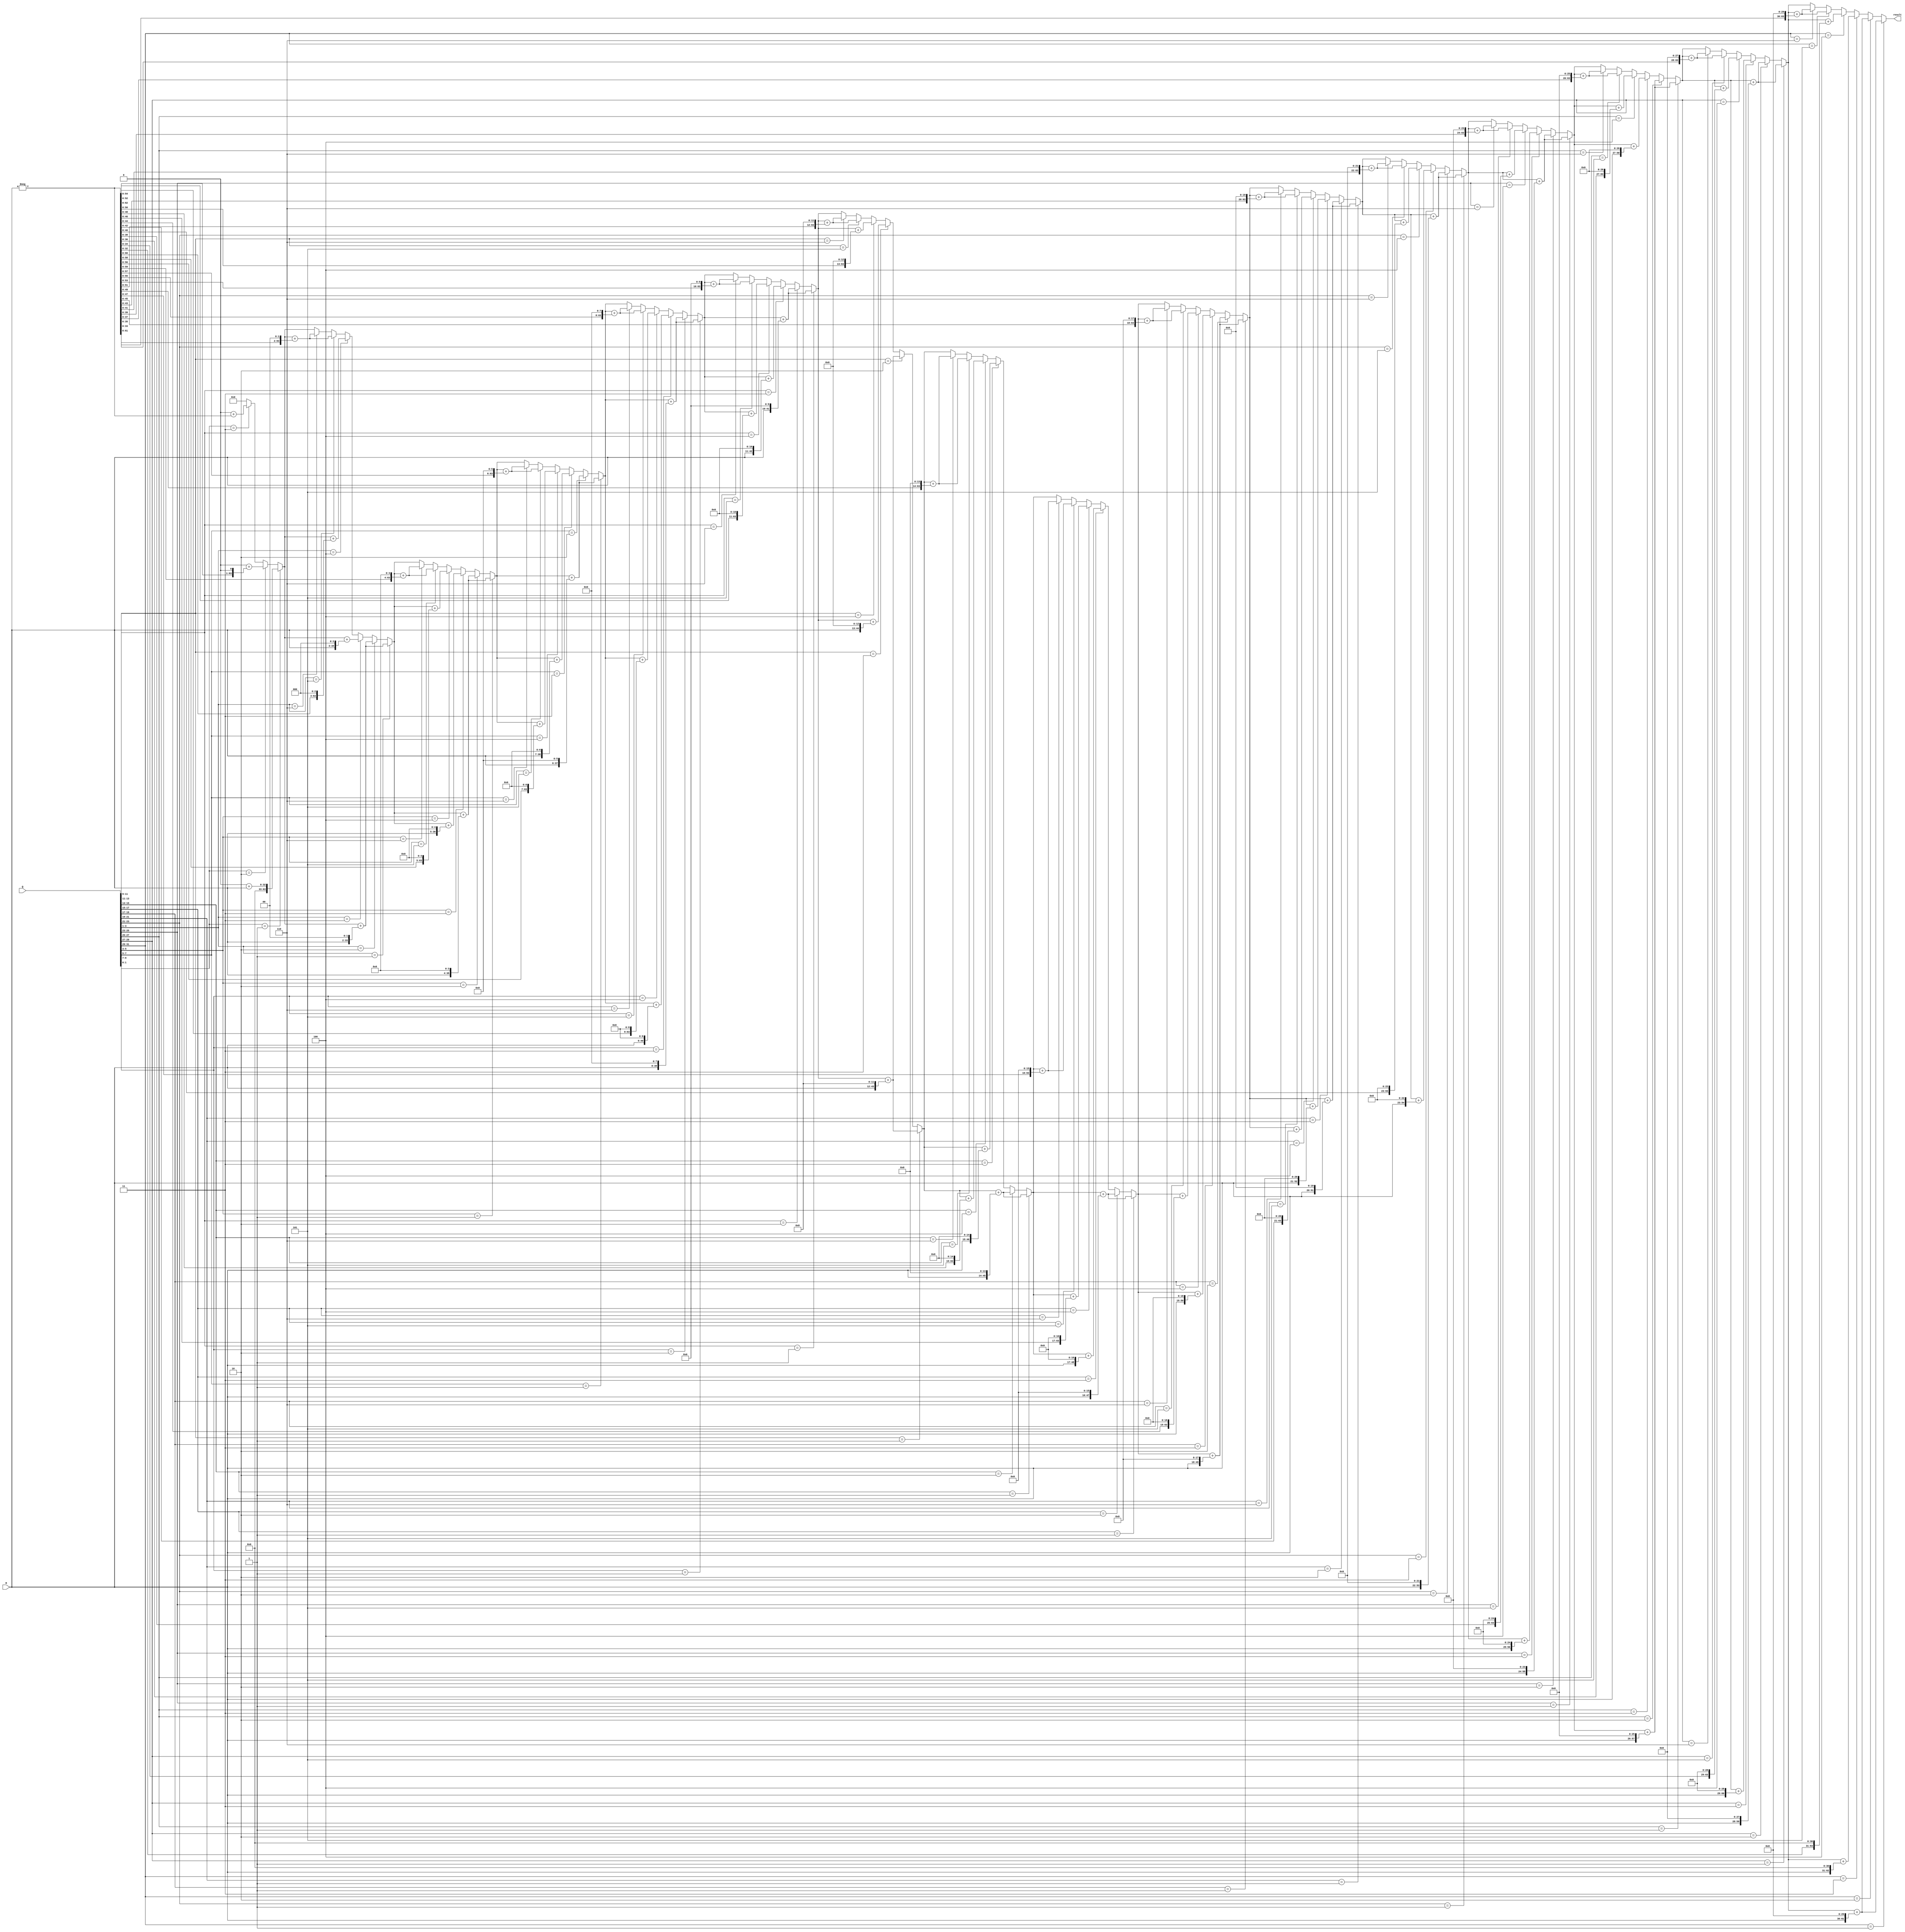
module Multiplier (input[31:0] M, Q, output[63:0] result);
    reg[63:0] prod;
	 reg[2:0] bit_pair_recode;
	 assign result = prod;
    integer i;
    always @(*) begin
        prod = 0;
        for (i = 0; i < 32; i = i + 2) begin
            if (i == 0) begin
					bit_pair_recode = {Q[i+1], Q[i], 1'b0};
				end else begin
					bit_pair_recode = {Q[i+1], Q[i], Q[i-1]};
				end
				
				if (bit_pair_recode == 3'b001) begin
					prod = prod + (M << i);
				end else if (bit_pair_recode == 3'b010) begin
					prod = prod + (M << i);
				end else if (bit_pair_recode == 3'b011) begin
					prod = prod + (M << i + 1);
				end else if (bit_pair_recode == 3'b100) begin
					prod = prod + ((-M) << i + 1);
				end else if (bit_pair_recode == 3'b101) begin
					prod = prod + ((-M) << i);
				end else if (bit_pair_recode == 3'b110) begin
					prod = prod + ((-M) << i);
				end else begin
					prod = prod;
				end
/*			
				case (bit_pair_recode)
					3'b001 : begin
								prod <= prod + (M << i);
								end
					3'b010 :	begin
								prod <= prod + (M << i);
								end
					3'b011 :	begin
								prod <= prod + (M << i + 1);
								end
					3'b100 : begin 
								prod <= prod + ((-M) << i + 1);
								end
					3'b101 : begin
								prod <= prod + ((-M) << i);
								end
					3'b110 :	begin
								prod <= prod + ((-M) << i);
								end
					default : begin
									prod <= prod;
								 end//do nothing
				endcase
*/
			end		
		end
			
endmodule